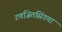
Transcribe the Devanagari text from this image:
रणजितसिंगचा